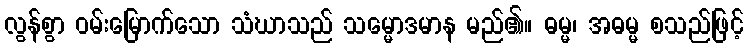
လွန်စွာ ဝမ်းမြောက်သော သံဃာသည် သမ္မောဒမာန မည်၏။ ဓမ္မ၊ အဓမ္မ စသည်ဖြင့်